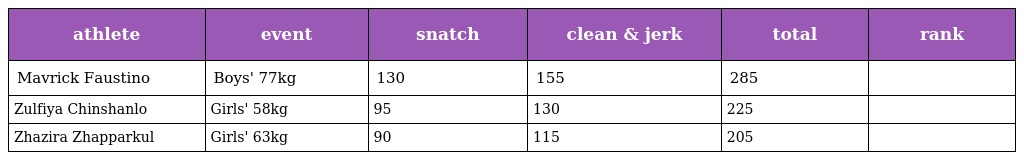
| athlete | event | snatch | clean & jerk | total | rank |
 | --- | --- | --- | --- | --- | --- |
 | Mavrick Faustino | Boys' 77kg | 130 | 155 | 285 |  |
 | Zulfiya Chinshanlo | Girls' 58kg | 95 | 130 | 225 |  |
 | Zhazira Zhapparkul | Girls' 63kg | 90 | 115 | 205 |  |